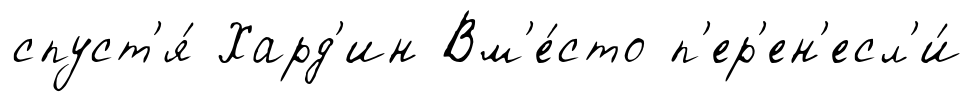
спуст'я́ Хард'ин Вм'е́сто п'ер'ен'есл'и́